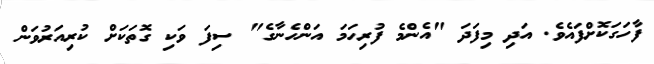
ފާހަގަކޮށްފައެވެ. އަދި މިފަދަ "އެންމެ ފުރިހަމަ އަންހެނާގެ" ސިފަ ވަކި ގޮތަކަށް ކުރިއަރުވަން